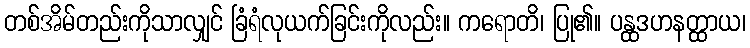
တစ်အိမ်တည်းကိုသာလျှင် ခြံရံလုယက်ခြင်းကိုလည်း။ ကရောတိ၊ ပြု၏။ ပန္ထဒဟနတ္ထာယ၊